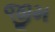
જીમ